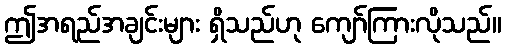
ဤအရည်အချင်းများ ရှိသည်ဟု ကျော်ကြားလိုသည်။